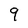
Character: 9